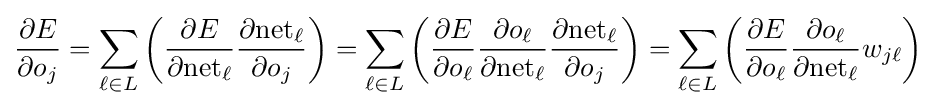
{\frac {\partial E}{\partial o_{j}}}=\sum _{\ell \in L}\left({\frac {\partial E}{\partial {\text{net}}_{\ell }}}{\frac {\partial {\text{net}}_{\ell }}{\partial o_{j}}}\right)=\sum _{\ell \in L}\left({\frac {\partial E}{\partial o_{\ell }}}{\frac {\partial o_{\ell }}{\partial {\text{net}}_{\ell }}}{\frac {\partial {\text{net}}_{\ell }}{\partial o_{j}}}\right)=\sum _{\ell \in L}\left({\frac {\partial E}{\partial o_{\ell }}}{\frac {\partial o_{\ell }}{\partial {\text{net}}_{\ell }}}w_{j\ell }\right)